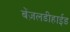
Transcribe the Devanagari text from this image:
बेंज़लडीहाईड